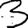
Digit: 3